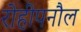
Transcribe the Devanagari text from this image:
रोहीपनौल